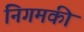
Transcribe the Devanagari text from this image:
निगमकी